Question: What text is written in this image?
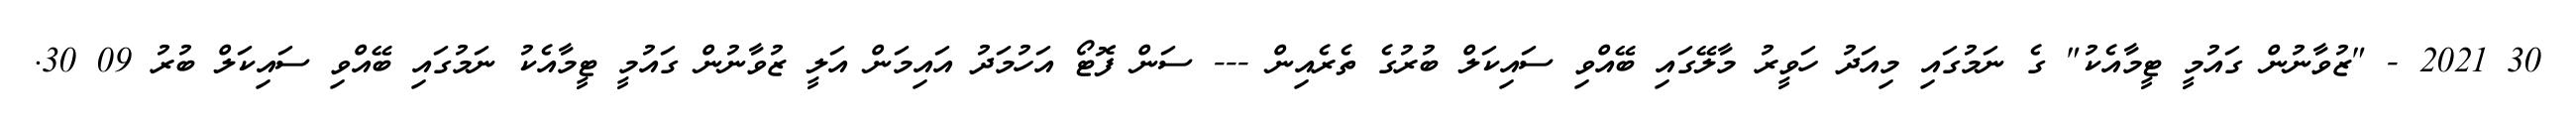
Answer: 30 2021 - "ޒުވާނުން ގައުމީ ޓީމާއެކު" ގެ ނަމުގައި މިއަދު ހަވީރު މާލޭގައި ބޭއްވި ސައިކަލް ބުރުގެ ތެރެއިން --- ސަން ފޮޓޯ އަހުމަދު އައިމަން އަލީ ޒުވާނުން ގައުމީ ޓީމާއެކު ނަމުގައި ބޭއްވި ސައިކަލް ބުރު 09 30.